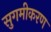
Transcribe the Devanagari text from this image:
सुगमीकरण